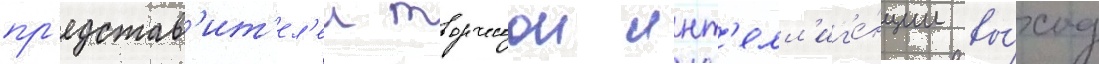
пр'едстав'ит'ел'еи творческои инт'елл'иг'е́нции вы́ход